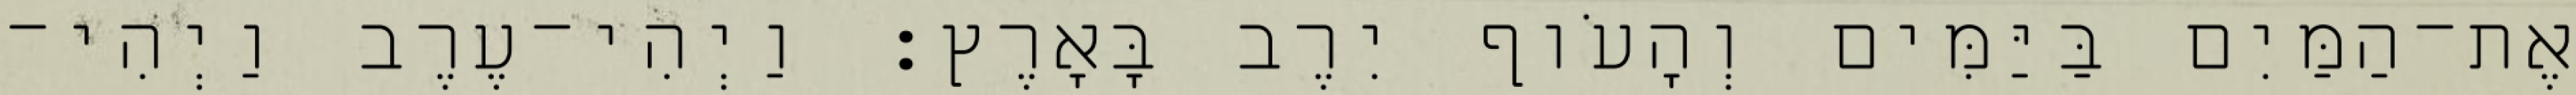
אֶת־הַמַּיִם בַּיַּמִּים וְהָעֹוף יִרֶב בָּאָרֶץ׃ וַיְהִי־עֶרֶב וַיְהִי־